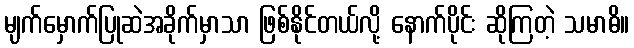
မျက်မှောက်ပြုဆဲအခိုက်မှာသာ ဖြစ်နိုင်တယ်လို့ နောက်ပိုင်း ဆိုကြတဲ့ သမာဓိ။